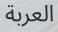
العربة